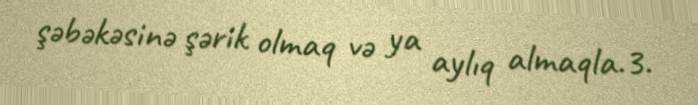
şəbəkəsinə şərik olmaq və ya aylıq almaqla.3.